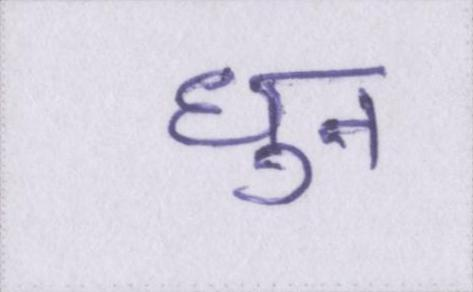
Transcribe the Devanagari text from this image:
धुन